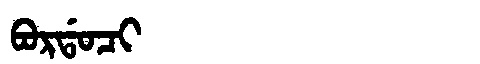
Manchu: ᠪᠣᡵᡩᠣᠴᡳ
Romanization: BORDOCI